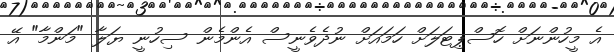
އެ މީހުންނަށް ހޮސްޕިޓަލަށް ހަމައަށް ނުދެވެނީސް އެންމެން ސިހުނީ ޔަލާ "މަންމާ" އޭ